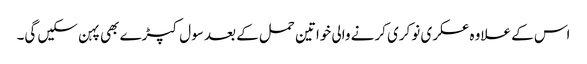
اس کے علاوہ عسکری نوکری کرنے والی خواتین حمل کے بعد سول کپڑے بھی پہن سکیں گی۔